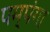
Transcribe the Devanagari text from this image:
पम्पंगा